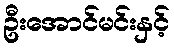
ဦးအောင်မင်းနှင့်